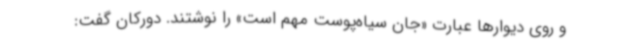
و روی دیوارها عبارت «جان سیاه‌پوست مهم است» را نوشتند. دورکان گفت: